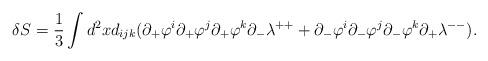
LaTeX: \begin{align*}\delta S=\frac{1}{3}\int d^2xd_{ijk}(\partial_+\varphi^i\partial_+\varphi^j\partial_+\varphi^k\partial_-\lambda^{++}+\partial_-\varphi^i\partial_-\varphi^j\partial_-\varphi^k\partial_+\lambda^{--}).\end{align*}